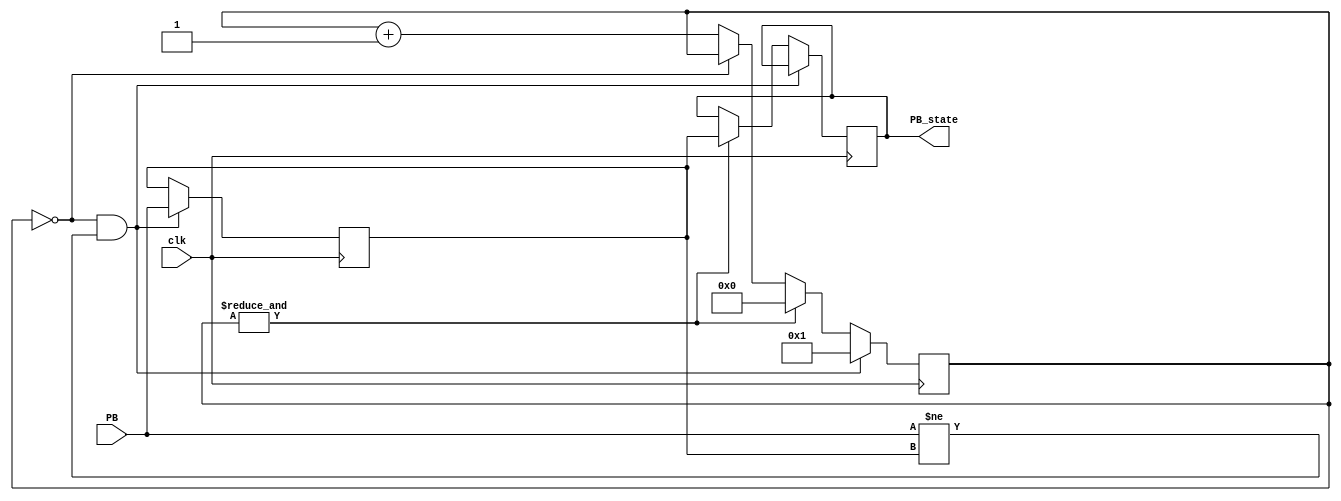
module debounce(
    clk,
    PB,
    PB_state
);
	input clk;
	input PB;
	output PB_state;

reg init_state = 1'b0;
reg PB_state = 1'b0;

// Next declare a 16-bits counter
reg [11:0] PB_cnt = 12'd0;
wire PB_cnt_max = &PB_cnt;
wire PB_idle = (PB_cnt == 12'd0);
wire PB_changed = (PB != init_state);

always @(posedge clk)
if(PB_idle & PB_changed)
begin
	init_state = PB;
	PB_cnt = 12'd1;
end
else if(PB_cnt_max)
begin
	PB_state = init_state;
	PB_cnt = 12'd0;
end
else if(~PB_idle)
	PB_cnt = PB_cnt + 12'd1;

endmodule